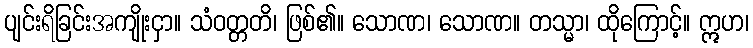
ပျင်းရိခြင်းအကျိုးငှာ။ သံဝတ္တတိ၊ ဖြစ်၏။ သောဏ၊ သောဏ။ တသ္မာ၊ ထိုကြောင့်။ ဣဟ၊